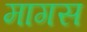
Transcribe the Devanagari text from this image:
मागस